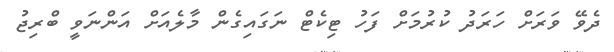
ދެވޭ ވަރަށް ހަރަދު ކުރުމަށް ފަހު ޓިކެޓް ނަގައިގެން މާލެއަށް އަންނަވީ ބްރިޖު